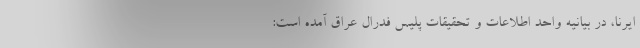
ایرنا، در بیانیه واحد اطلاعات و تحقیقات پلیس فدرال عراق آمده است: